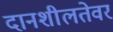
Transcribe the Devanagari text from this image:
दानशीलतेवर